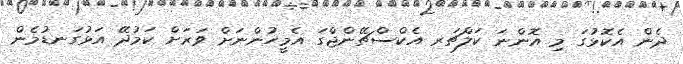
ދެން އެކޮޅުގަ މި އޮންނަ ކަލްޗަރ އެކްސްޗޭންޖްގަ އެމީހުންނަށް ވަރަށް ކަމުދޭ އަޅުގަނޑުމެން